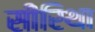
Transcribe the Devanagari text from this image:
सीरिथा